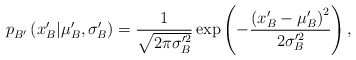
\begin{align*}p_{B^{\prime}}^{}\left( x_{B}^{\prime}|\mu_{B}^{\prime},\sigma_{B}^{\prime}\right) =\frac{1}{\sqrt{2\pi\sigma_{B}^{\prime2}}}\exp\left( -\frac{\left( x_{B}^{\prime}-\mu_{B}^{\prime}\right) ^{2}}{2\sigma_{B}^{\prime2}}\right) ,\end{align*}